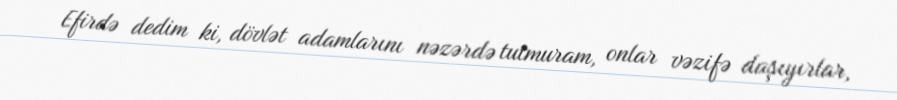
Efirdə dedim ki, dövlət adamlarını nəzərdə tutmuram, onlar vəzifə daşıyırlar,